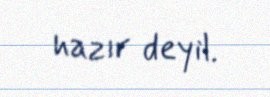
hazır deyil.